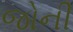
જોની